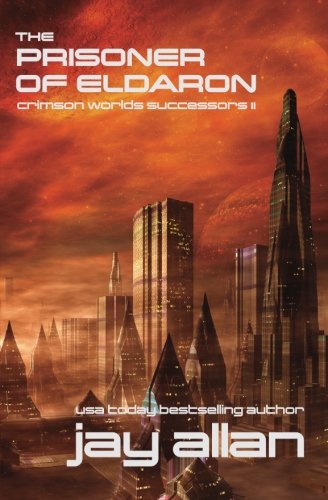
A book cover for The Prisoner of Eldaron: Crimson Worlds Successors II (Volume 2); Jay Allan; Science Fiction & Fantasy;